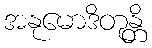
အနုမောဒိတုန္တိ